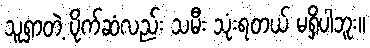
သူရှာတဲ့ ပိုက်ဆံလည်း သမီး သုံးရတယ် မရှိပါဘူး။